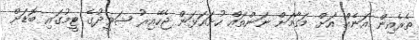
ތެރެއިން އަނެއް އަށް މަގާމަށް ނަންތައް ހުށައަޅަން ޖެހޭއިރު ޝަވީދުގެ ޓީމުގައި ބޮޑަށް